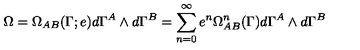
\Omega = \Omega _ { A B } ( \Gamma ; e ) d \Gamma ^ { A } \wedge d \Gamma ^ { B } = \sum _ { n = 0 } ^ { \infty } e ^ { n } \Omega _ { A B } ^ { n } ( \Gamma ) d \Gamma ^ { A } \wedge d \Gamma ^ { B }